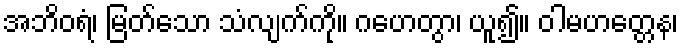
အဘိဝရံ၊ မြတ်သော သံလျက်ကို။ ဂဟေတွာ၊ ယူ၍။ ဝါမဟတ္တေန၊